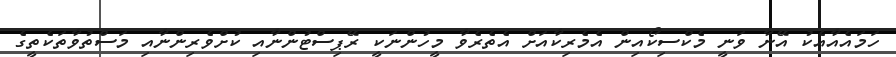
ހަމައެއާއެކު އޭނާ ވަނީ މެކްސިކޯއިން އެމެރިކާއަށް އެތެރެވާ މީހުންނަކީ ރޭޕިސްޓުންނާއި ކުށްވެރިންނާއި މަސްތުވާތަކެތީގެ